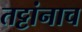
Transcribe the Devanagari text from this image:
तट्टांनाच